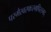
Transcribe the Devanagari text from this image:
परमैरवस्फःरमपिरस्मद्